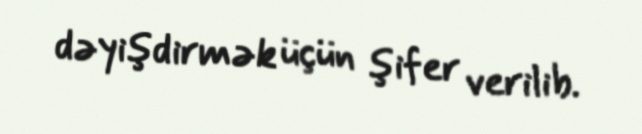
dəyişdirmək üçün şifer verilib.